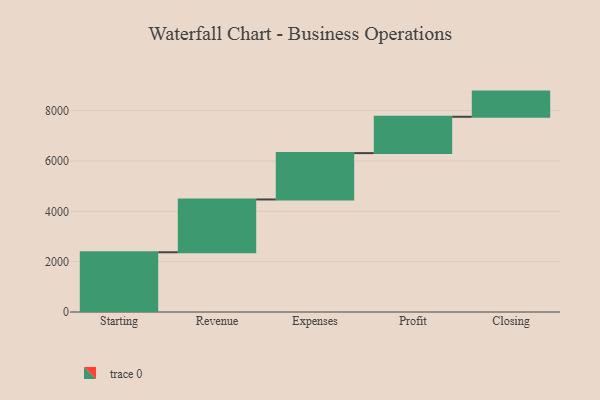
{"axis": {"x": "Step", "y": "Value"}, "legend": [""], "data": [{"x": "Starting", "y": 2373.0, "type": ""}, {"x": "Revenue", "y": 2098.0, "type": ""}, {"x": "Expenses", "y": 1842.0, "type": ""}, {"x": "Profit", "y": 1444.0, "type": ""}, {"x": "Closing", "y": 1000, "type": ""}]}